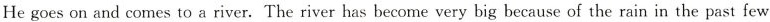
He goes on and comes to a river. The river has become very big because of the rain in the past few